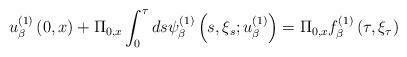
LaTeX: \begin{align*}u_{\beta }^{(1)}\left( 0,x\right) +\Pi _{0,x}\int_{0}^{\tau }ds\psi _{\beta}^{(1)}\left( s,\xi _{s};u_{\beta }^{(1)}\right) =\Pi _{0,x}f_{\beta}^{(1)}\left( \tau ,\xi _{\tau }\right) \end{align*}